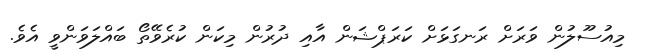
މިއުސޫލުން ވަރަށް ރަނގަޅަށް ކަރަޕްޝަން އާއި ދުރުން މިކަން ކުރެވޭތޯ ބައްލަވަންވީ އެވެ.